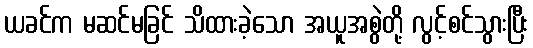
ယခင်က မဆင်မခြင် သိထားခဲ့သော အယူအစွဲတို့ လွင့်စင်သွားပြီး